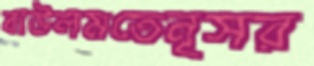
বাউলমতেনূসর